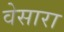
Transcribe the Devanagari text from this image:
वेसारा